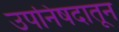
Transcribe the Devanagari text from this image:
उपनिषदातून